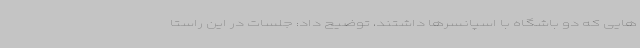
هایی که دو باشگاه با اسپانسرها داشتند، توضیح داد: جلسات در این راستا